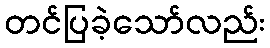
တင်ပြခဲ့သော်လည်း